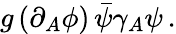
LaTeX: g\, (\partial_{A}\phi)\, \bar{\psi}\gamma_{A}\psi\, .